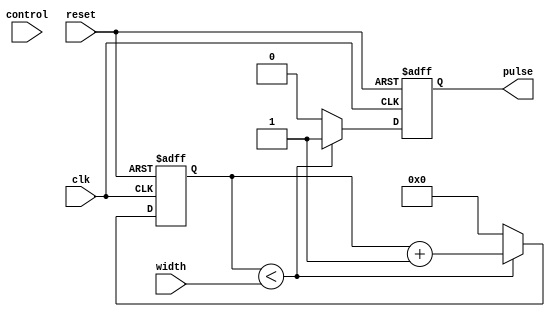
module VariablePulseWidthGenerator (
    input wire clk,          // System clock
    input wire reset,        // Reset signal
    input wire control,      // Control signal for pulse width
    input wire [7:0] width,  // Desired pulse width
    output reg pulse         // Generated pulse signal
);

reg [7:0] counter;          // Counter to control pulse width

always @ (posedge clk or posedge reset) begin
    if (reset) begin
        counter <= 0;
        pulse <= 0;
    end else begin
        if (counter < width) begin
            pulse <= 1;
            counter <= counter + 1;
        end else begin
            pulse <= 0;
            counter <= 0;
        end
    end
end

endmodule